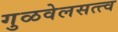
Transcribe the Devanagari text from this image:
गुळवेलसत्त्व